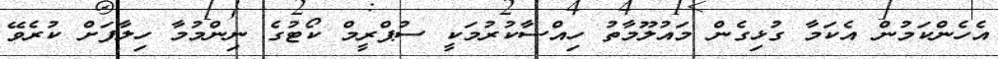
އެހެންކަމުން އެކަމާ ގުޅިގެން މައުލޫމާތު ހިއްސާކުރުމަކީ ސުޕްރީމް ކޯޓުގެ ނިންމުމާ ހިލާފަށް ކުރެވޭ